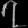
Digit: ၇